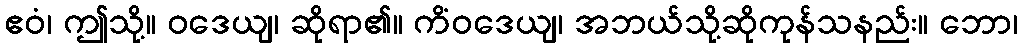
ဧဝံ၊ ဤသို့။ ဝဒေယျ၊ ဆိုရာ၏။ ကိံဝဒေယျ၊ အဘယ်သို့ဆိုကုန်သနည်း။ ဘော၊